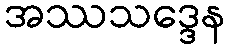
အဿသဒ္ဒေန